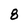
Character: 8